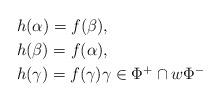
LaTeX: \begin{align*}&h(\alpha)=f(\beta),\\&h(\beta)=f(\alpha),\\ &h(\gamma)=f(\gamma) \gamma\in \Phi^+\cap w\Phi^-\end{align*}